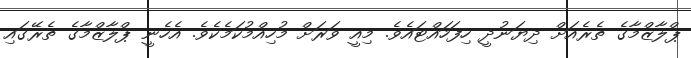
ޕްލާޒްމާގެ ތެރެއަށް ދިޔަނުދީ ހިފަހައްޓައެވެ. މިއީ ވަރަށް މުހިއްމުކަމެކެވެ. އެހެނީ ޕްލާޒްމާގެ ތެރޭގައި